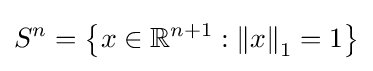
S^{n}=\left\{x\in \mathbb {R} ^{n+1}:\left\|x\right\|_{1}=1\right\}